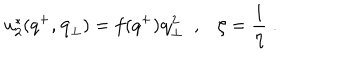
u _ { 2 } ^ { * } ( q ^ { + } , { \bf q } _ { \perp } ) = f ( q ^ { + } ) { \bf q } _ { \perp } ^ { 2 } \; \; , \zeta = { \frac { 1 } { \eta } } \; .